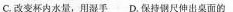
C改变杯内水量，用湿手D.保持钢尺伸出桌面的